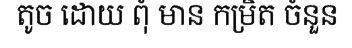
តូច ដោយ ពុំ មាន កម្រិត ចំនួន